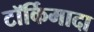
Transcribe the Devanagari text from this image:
टॉर्किमादा